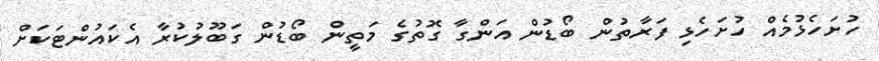
ހުށަހެޅުމެއް ހުށަހެޅި ފަރާތުން ބޯޑުން އަންގާ ގޮތުގެ މަތީން ބޯޑުން ގަބޫލުކުރާ އެކައުންޓަކަށް